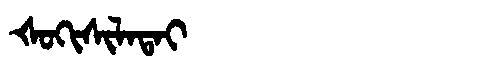
Manchu: ᡧᠣᡴᡳᠰᡳᠯᠠᡨᠠᡳ
Romanization: ŠOKISILATAI